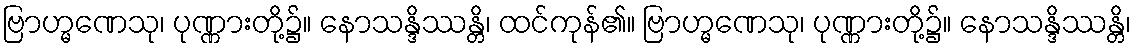
ဗြာဟ္မဏေသု၊ ပုဏ္ဏားတို့၌။ နောသန္ဒိဿန္တိ၊ ထင်ကုန်၏။ ဗြာဟ္မဏေသု၊ ပုဏ္ဏားတို့၌။ နောသန္ဒိဿန္တိ၊